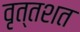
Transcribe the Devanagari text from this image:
वृत्तशत